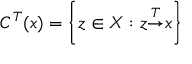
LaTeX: C ^ { T } { ( x ) } = \left\{ z \in X : z { \overset { T } { \rightarrow } } x \right\}